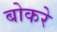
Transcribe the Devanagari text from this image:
बोकरे